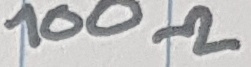
Text: 100Ω